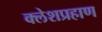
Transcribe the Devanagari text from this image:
क्लेशप्रहाण